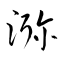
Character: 瀰